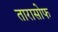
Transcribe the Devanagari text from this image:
तारासोफ